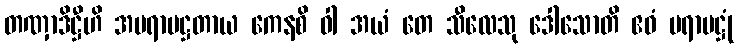
တဏှာဒိဋ္ဌီဟိ အပရာမဋ္ဌတာယ ကေနစိ ဝါ အယံ တေ သီလေသု ဒေါသောတိ ဧဝံ ပရာမဋ္ဌုံ